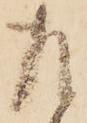
左